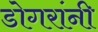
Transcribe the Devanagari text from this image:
डोगरांनी